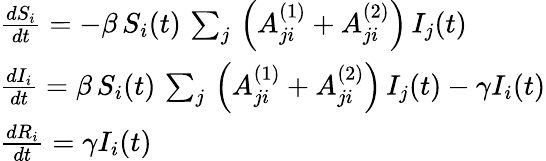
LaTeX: \begin{array}{l}{\frac{dS_{i}}{dt}=-\beta\, S_{i}(t)\, \sum_{j}\, \left(A_{ji}^{(1)}+A_{ji}^{(2)}\right)\, I_{j}(t)}\\ {\frac{dI_{i}}{dt}=\beta\, S_{i}(t)\, \sum_{j}\, \left(A_{ji}^{(1)}+A_{ji}^{(2)}\right)\, I_{j}(t)-\gamma I_{i}(t)}\\ {\frac{dR_{i}}{dt}=\gamma I_{i}(t)}\end{array}